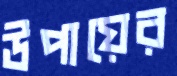
উপায়ের